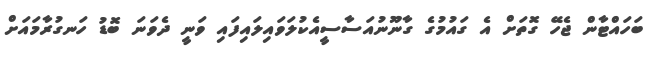
ބަހައްޓާން ޖެހޭ ގޮތަށް އެ ގައުމުގެ ގާނޫނުއަސާސީއެކުލަވައިލައިފައި ވަނީ ދެވަނަ ބޮޑު ހަނގުރާމައަށް